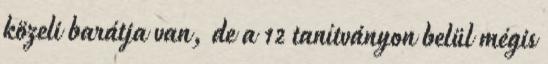
közeli barátja van, de a 12 tanítványon belül mégis